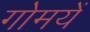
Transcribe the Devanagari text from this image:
गोमयें